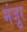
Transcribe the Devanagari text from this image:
मंजूुर